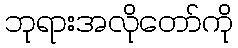
ဘုရားအလိုတော်ကို